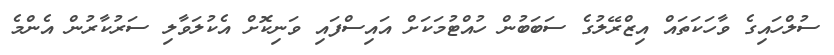
ސުލްހައިގެ ވާހަކަތައް އިޒްރޭލުގެ ސަބަބުން ހުއްޓުމަކަށް އައިސްފައި ވަނިކޮށް އެކުލަވާލި ސަރުކާރުން އެންމެ